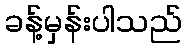
ခန့်မှန်းပါသည်